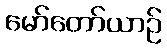
မော်တော်ယာဉ်